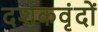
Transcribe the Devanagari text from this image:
दर्शकवृंदों